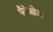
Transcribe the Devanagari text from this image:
पैरेजोज